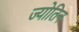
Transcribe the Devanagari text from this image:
ज्योतिन